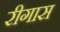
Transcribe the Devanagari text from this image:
रीगास